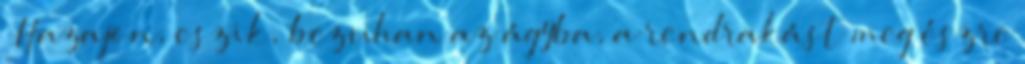
„Hazajön, eszik, bezuhan az ágyba, a rendrakást meg észre